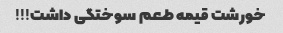
خورشت قیمه طعم سوختگی داشت!!!